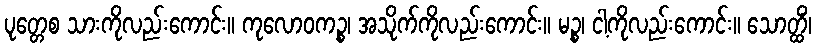
ပုတ္တေစ သားကိုလည်းကောင်း။ ကုလောဝကဉ္စ၊ အသိုက်ကိုလည်းကောင်း။ မဉ္စ၊ ငါ့ကိုလည်းကောင်း။ သောတ္ထိံ၊